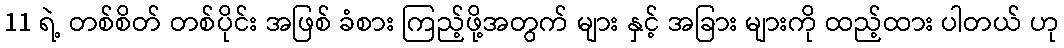
11 ရဲ့ တစ်စိတ် တစ်ပိုင်း အဖြစ် ခံစား ကြည့်ဖို့အတွက် များ နှင့် အခြား များကို ထည့်ထား ပါတယ် ဟု